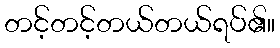
တင့်တင့်တယ်တယ်ရပ်၏။